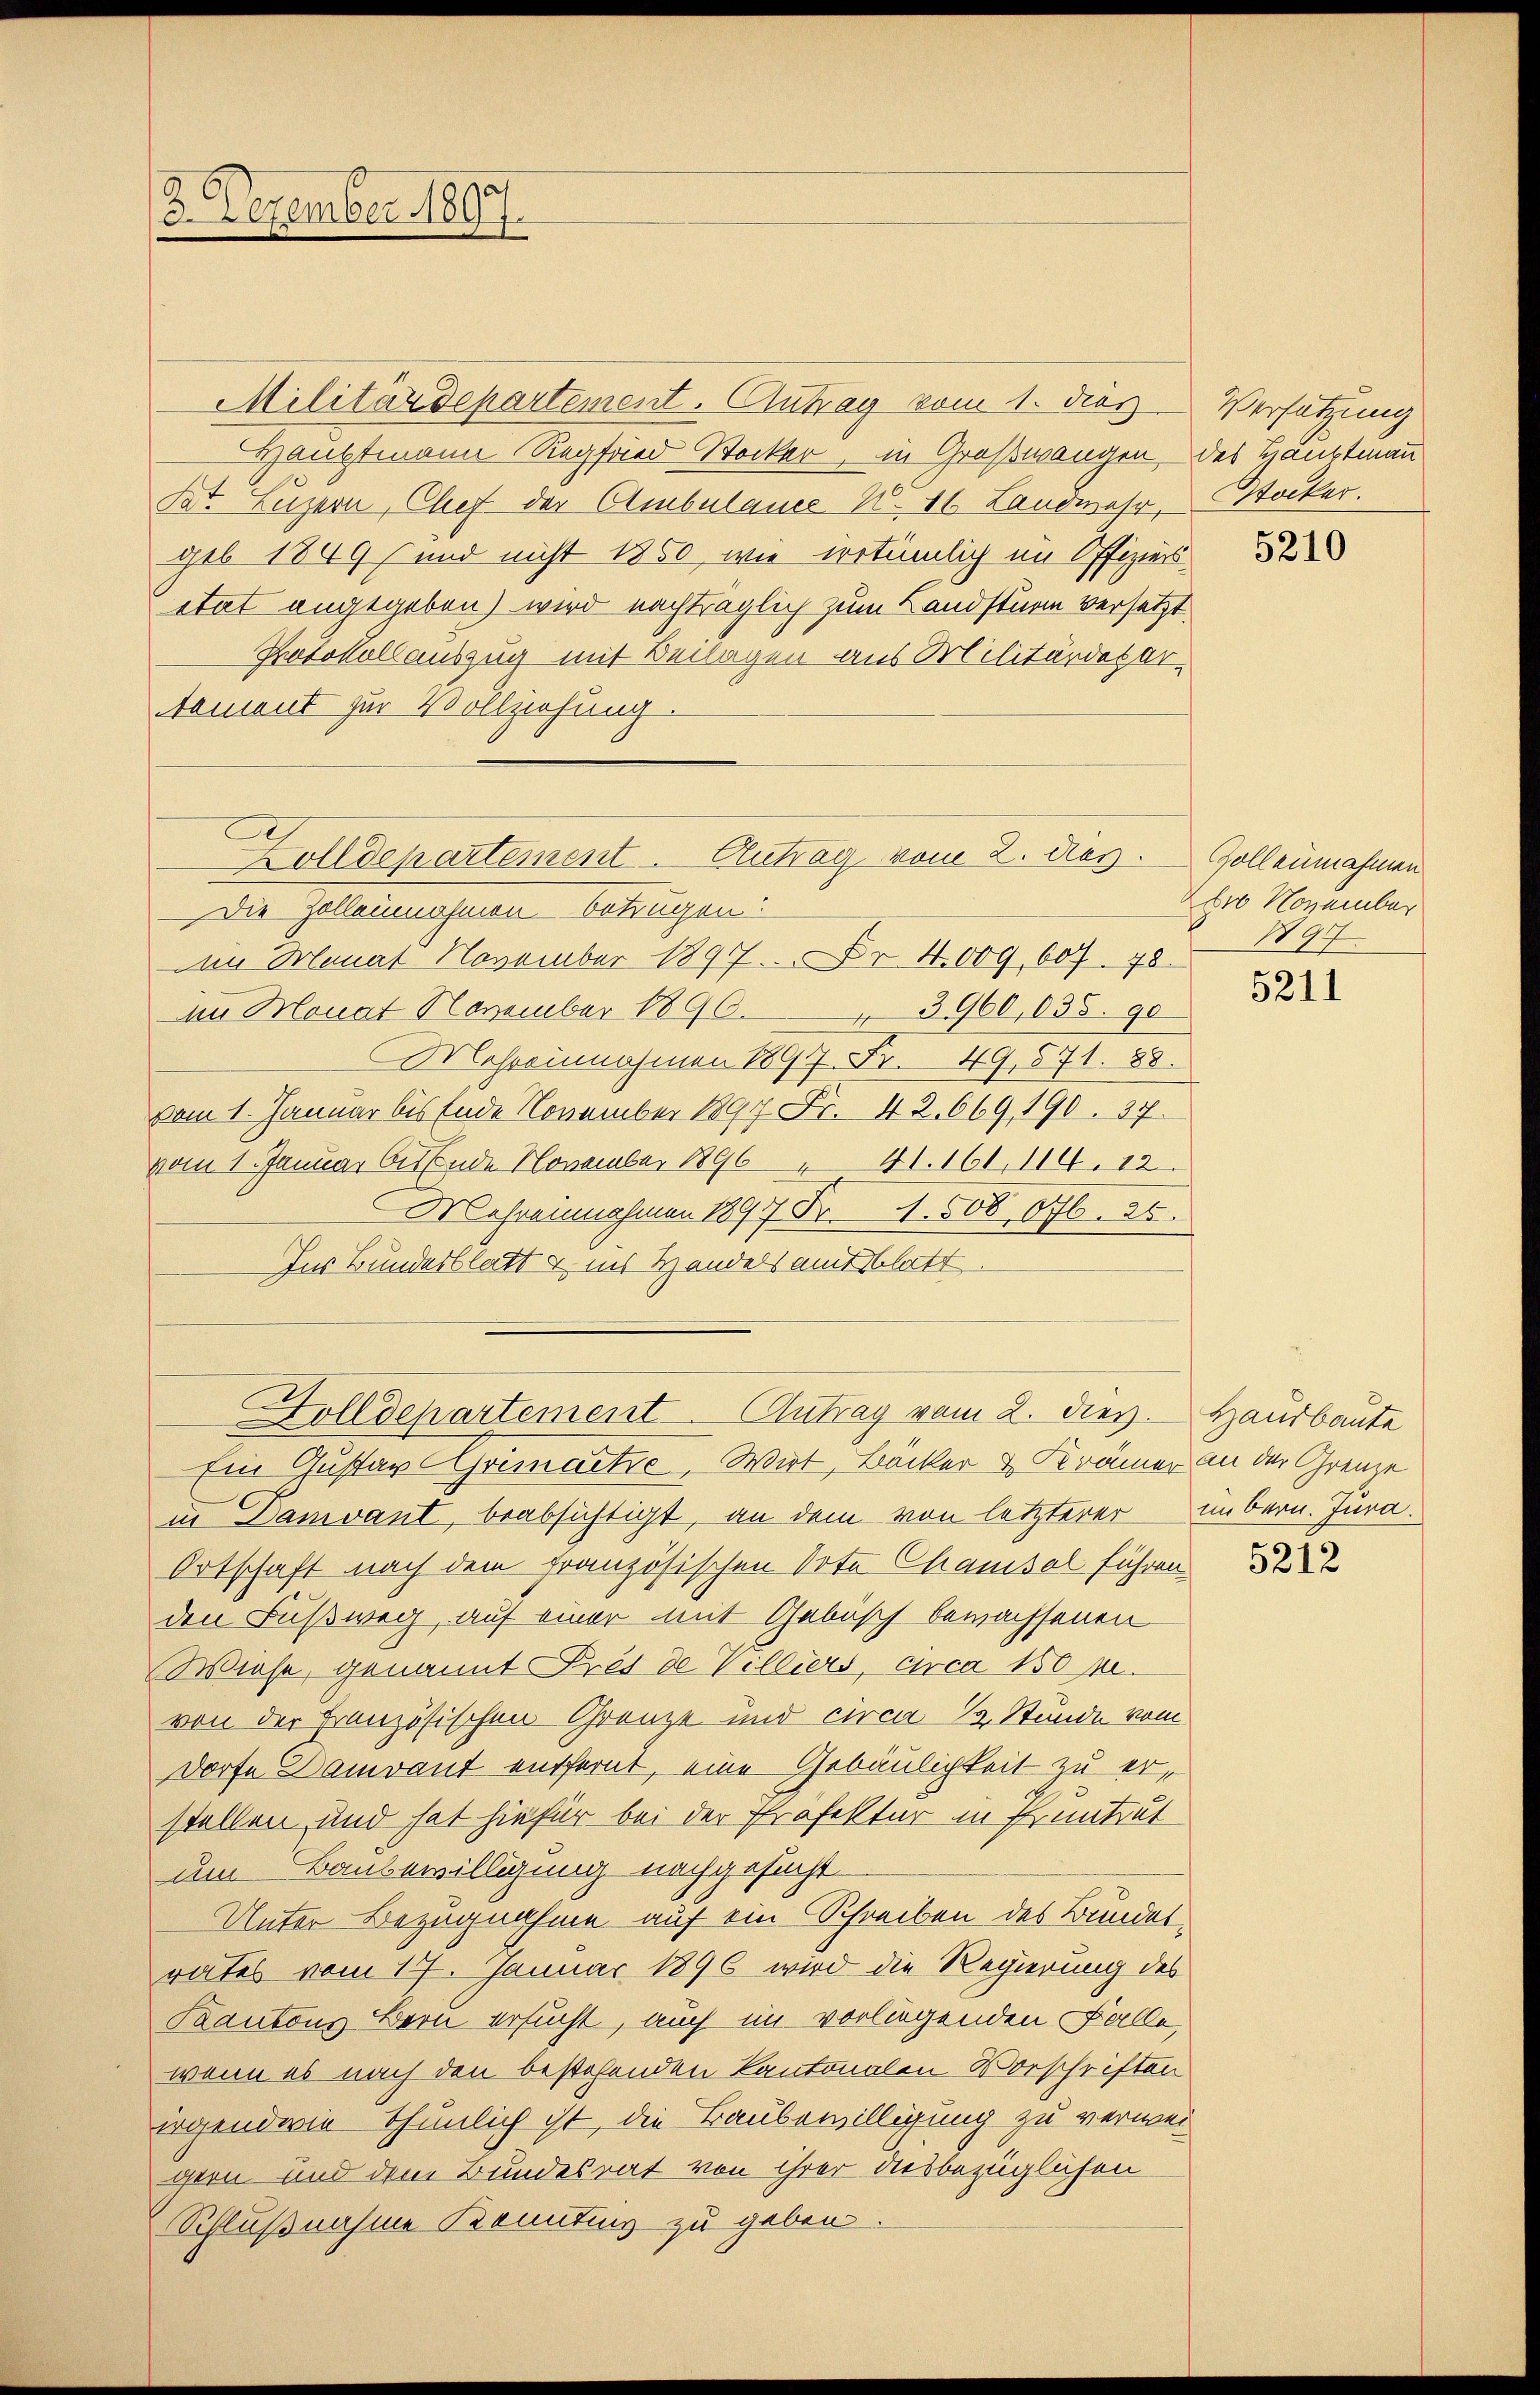
3. Dezember 1897.

Militärdepartement. Antrag vom 1. dies
Hauptmann Regfried Stocker, in Großwangen des Hauptmann
Bat. Luzern, Chef der Ambulance N. 16. Landwehr,
geb 1809 und nicht 1850, wie irrtümlich im Offiziers
etat augegeben) wird nachträglich zum Landsturm versetzt.
Protokollauszug mit Beilagen aus Militärdepar
tament zur Vollziehung.
Die Zollennahmen betrügen:
im Monat November 1897 Fr. 4009, 607. 78.
im Monat November 1896. 3960, 635. 90
Mehreinnahmen 1897 Fr. 49,571. 88.
vom 1. Januar bis Ende November 1891 Fr. 42. 669, 190. 37.
vom 1. Januar bissende November 189641. 161. 114. 12
Mehreinnahmen 1897 Fr. 1. 508, 676. 26.
Zur Bundesblatt & in Handels auf blatt.

Zolldepartement Antrag vom 2. das.

Ein Gustav Grimaetze, Wirt, Bäcker & Krämer an der Grenze
in Damvant, beabsichtigt, an dem von letzterer im bern. Jura.
Ortschaft nach dem französischen Vote Chamsal führen
den Fußweg, auf einer mit Gebüsch bewachsenen
Wiese, genannt Prés de Villiers, circa 150 pr.
von der Französischen Grenze und circa ½ Stunde vom
Dorfe Damvant entfernt, eine Gebäulichkeit zu erstellen und hat hiefür bei der Profektur in Ermitzut
um Baubewilligung nachgesucht
Unter Bezugnahme auf ein Schreiben des Bundetrates vom 17. Januar 1896 wird die Regierung des
Kantons Bern ersucht, auch im vorliegenden Falle,
wenn es nach den bestehenden Kantonalen Vorschriften
irgendwie thunlich ist, die Baubewilligung zu verwer
gern und dem Bundesrat von ihrer diesbezüglichen
Schlußnahme Kennting zu geben

Dolldepartement. Antrag vom 2. dies. Hausbaute

Versatzung
Stocker.

5210

Zollennahmen
2 November
197

5211

5212